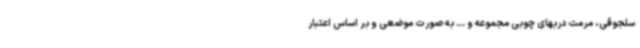
سلجوقی، مرمت دربهای چوبی مجموعه و ... به صورت موضعی و بر اساس اعتبار